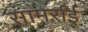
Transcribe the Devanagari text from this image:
सामर्राई